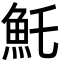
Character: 魠